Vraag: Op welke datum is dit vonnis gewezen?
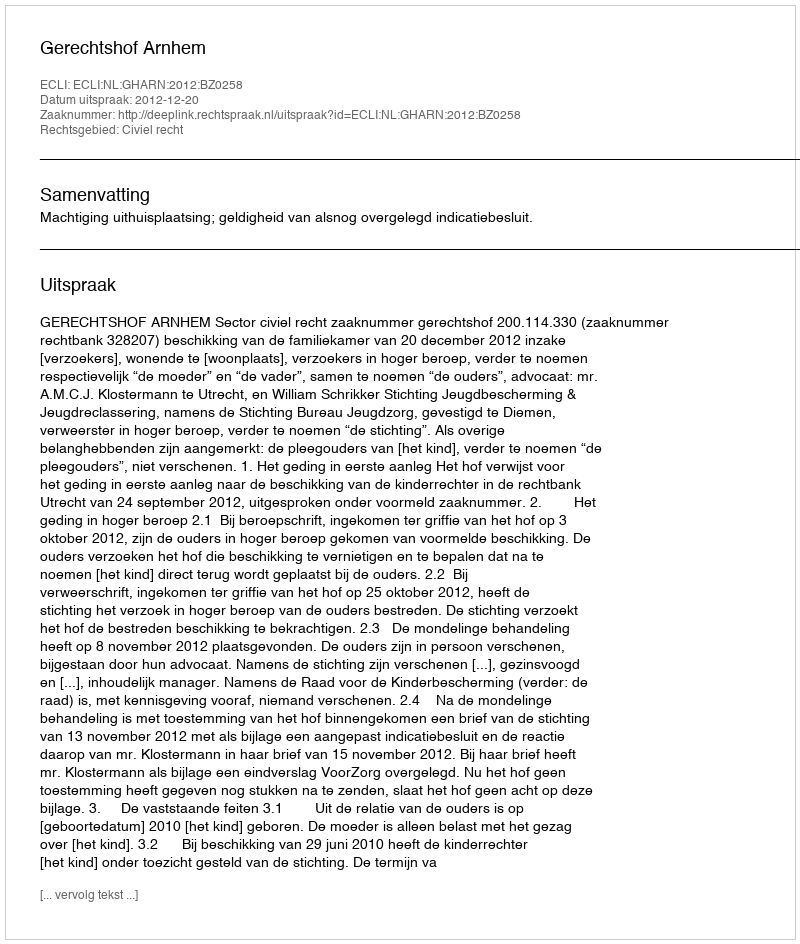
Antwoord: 2012-12-20